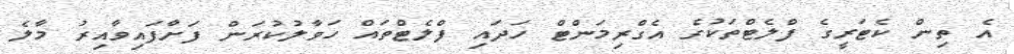
އެ ތިން ކެޓަރީގެ ފްލެޓްތަކުގެ އެގްރިމަންޓް ހަދައި ފްލެޓްތައް ހަވާލުކުރަން ފަށާފައިވާއިރު މާލެ